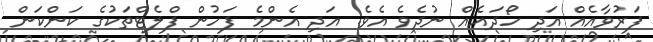
ފަރުވާއެއް އަދި ހޯދައެއް ނުދެވެ އެވެ. އަދި އެންމެ ފަހުން ފްލެޓްތަކުގެ ކަންކަން